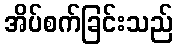
အိပ်စက်ခြင်းသည်